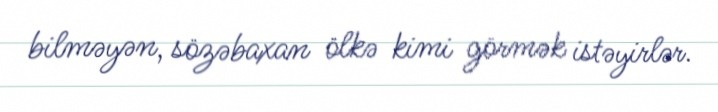
bilməyən, sözəbaxan ölkə kimi görmək istəyirlər.